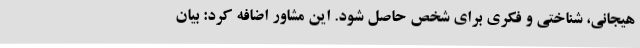
هیجانی، شناختی و فکری برای شخص حاصل شود. این مشاور اضافه کرد: بیان